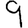
Digit: 9